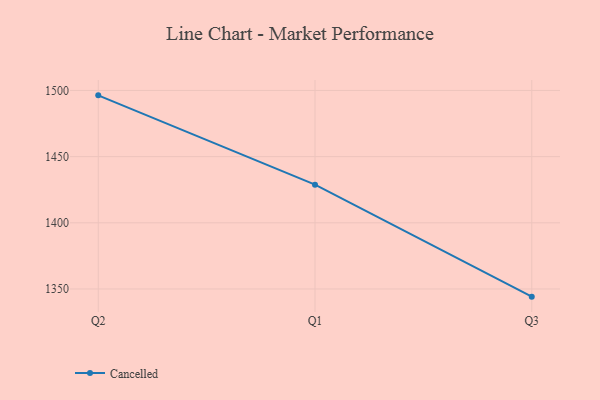
{"axis": {"x": "Quarter", "y": "Inventory Turnover"}, "legend": ["Cancelled"], "data": [{"x": "Q2", "y": 1496.3, "type": "Cancelled"}, {"x": "Q1", "y": 1428.8, "type": "Cancelled"}, {"x": "Q3", "y": 1344.2, "type": "Cancelled"}]}